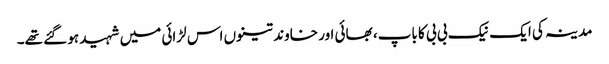
مدینہ کی ایک نیک بی بی کا باپ، بھائی اور خاوند تینوں اس لڑائی میں شہید ہو گئے تھے۔